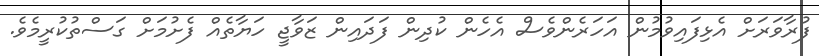
ފުރާވަރަށް އެޅިފައިވުމުން އަހަރެންވެސް އެހެން ކުދިން ފަދައިން ޒަވާޖީ ހަޔާތެއް ފެށުމަށް ގަސްތުކުރީމެވެ.